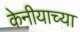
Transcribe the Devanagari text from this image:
केनीयाच्या